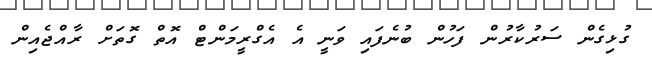
ގުޅިގެން ސަރުކާރުން ފަހުން ބުނެފައި ވަނީ އެ އެގްރީމަންޓް އޮތް ގޮތަށް ރާއްޖެއިން